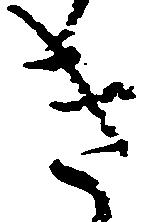
き